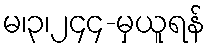
မ၊၃၊၂၄၄-မှယူရန်